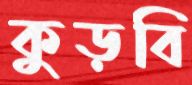
কুড়বি